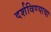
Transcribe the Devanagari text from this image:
दर्शविण्याचा